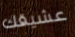
عشيقك